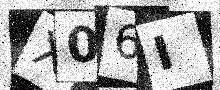
Text: X06I